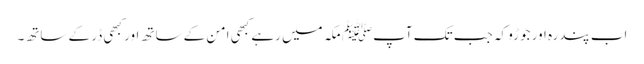
اب پندرہ اور جوڑو کہ جب تک آپﷺ مکہ میں رہے کبھی امن کے ساتھ اور کبھی ڈر کے ساتھ۔